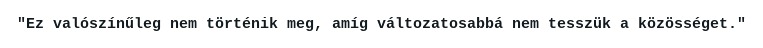
"Ez valószínűleg nem történik meg, amíg változatosabbá nem tesszük a közösséget."